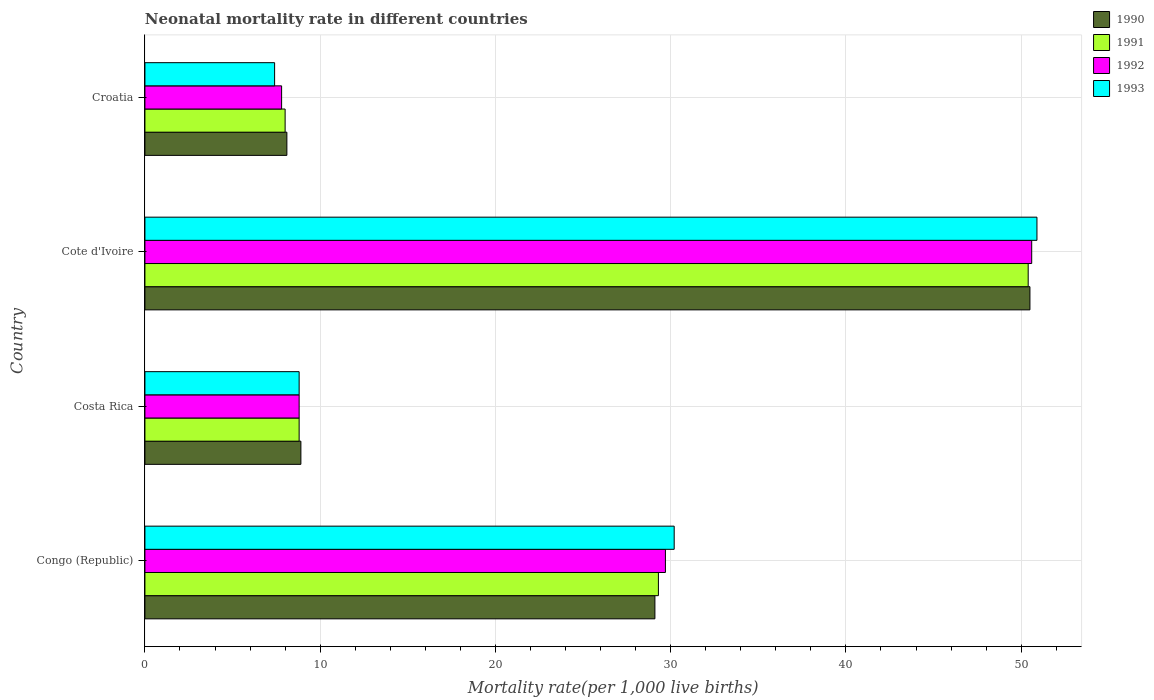
| Country | 1990 | 1991 | 1992 | 1993 |
 | --- | --- | --- | --- | --- |
 | Congo (Republic) | 29.1 | 29.3 | 29.7 | 30.2 |
 | Costa Rica | 8.9 | 8.8 | 8.8 | 8.8 |
 | Cote d'Ivoire | 50.5 | 50.4 | 50.6 | 50.9 |
 | Croatia | 8.1 | 8 | 7.8 | 7.4 |